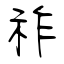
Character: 祚